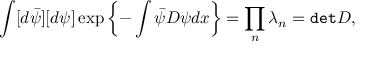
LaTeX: \int [ d \bar { \psi } ] [ d \psi ] \exp \left\{ - \int \bar { \psi } D \psi d x \right\} = \prod _ { n } \lambda _ { n } = { \tt d e t } D ,